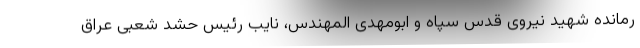
رمانده شهید نیروی قدس سپاه و ابومهدی المهندس، نایب رئیس حشد شعبی عراق